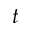
t